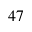
^ { 4 7 }